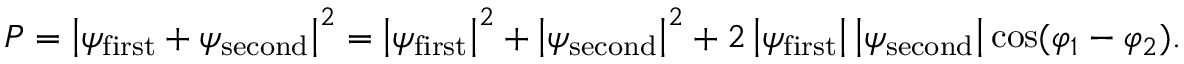
P = \left| \psi _ { \mathrm { f i r s t } } + \psi _ { \mathrm { s e c o n d } } \right| ^ { 2 } = \left| \psi _ { \mathrm { f i r s t } } \right| ^ { 2 } + \left| \psi _ { \mathrm { s e c o n d } } \right| ^ { 2 } + 2 \left| \psi _ { \mathrm { f i r s t } } \right| \left| \psi _ { \mathrm { s e c o n d } } \right| \cos ( \varphi _ { 1 } - \varphi _ { 2 } ) .